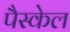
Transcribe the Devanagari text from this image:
पैस्केल